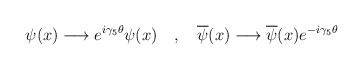
\begin{align*}\psi(x)\longrightarrow e^{i\gamma_{5}\theta}\psi(x)\quad ,\quad \overline{\psi}(x)\longrightarrow \overline{\psi}(x) e^{-i\gamma_{5}\theta}\end{align*}